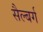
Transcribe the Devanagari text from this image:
सैल्बर्ग